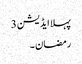
پہلا ایڈیشن 3
رمضان ۔